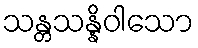
သန္တသန္နိဝါသော